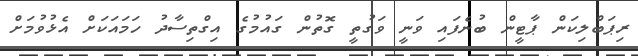
ރިޕަބްލިކަން ޕާޓީން ބުނެފައި ވަނީ ވަގުތީ ގޮތުން ގައުމުގެ އިގްތިސާދު ހަމައަކަށް އެޅުވުމަށް